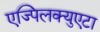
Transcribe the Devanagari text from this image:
एज्पिलक्युएटा